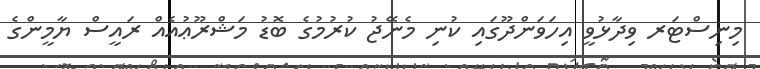
މިނިސްޓަރ ވިދާޅުވީ އިހަވަންދޫގައި ކުނި މެނޭޖު ކުރުމުގެ ބޮޑު މަޝްރޫޢުއެއް ރައީސް ޔާމީންގެ